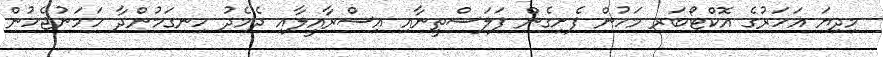
މިދިޔަ އަހަރުގެ އޮކްޓޯބަރ މަހުން ފެށިގެން ފަލަސްތީނާއި އިސްރާއީލާއި ދެމެދު ހިނގަމުންދާ ހަމަނުޖެހުން